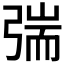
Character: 𰐜